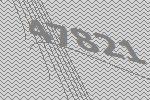
47821